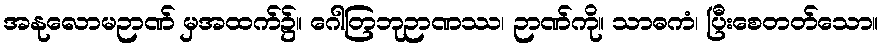
အနုလောမဉာဏ် မှအထက်၌။ ဂေါတြဘုဉာဏဿ၊ ဉာဏ်ကို။ သာဓကံ၊ ပြီးစေတတ်သော။